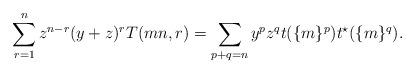
LaTeX: \begin{align*}\sum_{r=1}^n z^{n-r}(y+z)^r T(mn,r)=\sum_{p+q=n}y^pz^qt(\{m\}^p)t^{\star}(\{m\}^q).\end{align*}